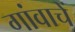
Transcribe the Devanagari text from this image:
गांवाचें